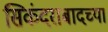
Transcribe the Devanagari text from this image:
सिकंदराबादच्या